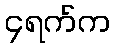
၄ရက်က